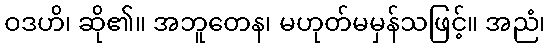
ဝဒဟိ၊ ဆို၏။ အဘူတေန၊ မဟုတ်မမှန်သဖြင့်။ အညံ၊